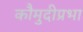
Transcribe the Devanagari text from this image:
कौमुदीप्रभा